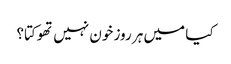
کیا میں ہر روز خون نہیں تھوکتا؟